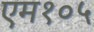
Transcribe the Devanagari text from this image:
एम१०५